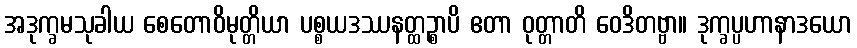
အဒုက္ခမသုခါယ စေတောဝိမုတ္တိယာ ပစ္စယဒဿနတ္ထဉ္စာပိ ဧတာ ဝုတ္တာတိ ဝေဒိတဗ္ဗာ။ ဒုက္ခပ္ပဟာနာဒယော